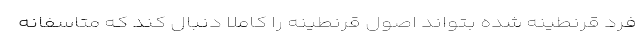
فرد قرنطینه شده بتواند اصول قرنطینه را کاملا دنبال کند که متاسفانه